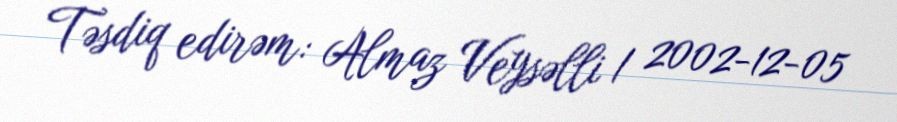
Təsdiq edirəm: Almaz Veysəlli / 2002-12-05